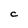
Character: C